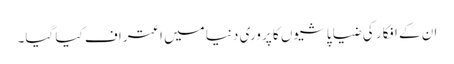
ان کے افکار کی ضیا پاشیوں کا پروری دنیا میں اعتراف کیا گیا۔